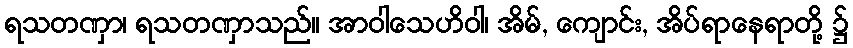
ရသတဏှာ၊ ရသတဏှာသည်။ အာဝါသေဟိဝါ၊ အိမ်, ကျောင်း, အိပ်ရာနေရာတို့ ၌